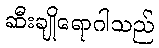
ဆီးချိုရောဂါသည်